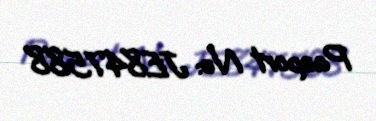
Pasport №: JE847588